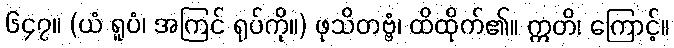
၆၄၇။ (ယံ ရူပံ၊ အကြင် ရုပ်ကို။) ဖုသိတဗ္ဗံ၊ ထိထိုက်၏။ ဣတိ၊ ကြောင့်။